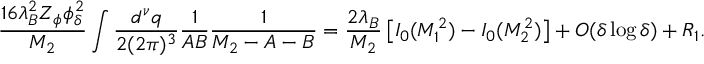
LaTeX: \frac { 1 6 \lambda _ { B } ^ { 2 } Z _ { \phi } \phi _ { \delta } ^ { 2 } } { M _ { 2 } } \int \frac { d ^ { \nu } q } { 2 ( 2 \pi ) ^ { 3 } } \frac { 1 } { A B } \frac { 1 } { M _ { 2 } - A - B } = \frac { 2 \lambda _ { B } } { M _ { 2 } } \left[ I _ { 0 } ( M _ { 1 } ^ { 2 } ) - I _ { 0 } ( M _ { 2 } ^ { 2 } ) \right] + O ( \delta \log \delta ) + R _ { 1 } .